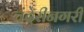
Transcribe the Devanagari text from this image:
चंदेरीनगरी